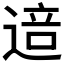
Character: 𰻅